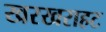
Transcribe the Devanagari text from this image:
खरखराहट